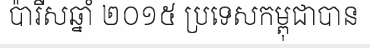
ប៉ារីសឆ្នាំ ២០១៥ ប្រទេសកម្ពុជាបាន